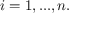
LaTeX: i = 1 , . . . , n .